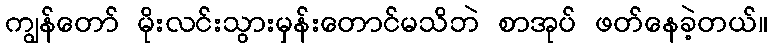
ကျွန်တော် မိုးလင်းသွားမှန်းတောင်မသိဘဲ စာအုပ် ဖတ်နေခဲ့တယ်။